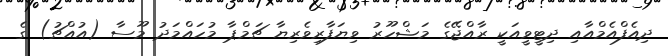
ދިއެފްއެމްއާއި ދިޓީވީއަކީ ރާއްޖޭގެ މަޝްހޫރު ވިޔަފާރިވެރިޔާ ޗަމްޕާ މުހައްމަދު މޫސާ (އުއްޗު) ގެ